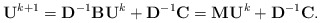
\begin{align*}{\bf U}^{k+1} = {\bf D}^{-1} {\bf B} {\bf U}^{k} + {\bf D}^{-1} {\bf C}={\bf M} {\bf U}^{k} + {\bf D}^{-1} {\bf C}.\end{align*}